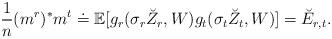
LaTeX: \begin{align*} \frac{1}{n}(m^r)^* m^t \doteq \mathbb{E}[g_r(\sigma_r \breve{Z}_r, W ) g_t( \sigma_t \breve{Z}_t, W )]= \breve{E}_{r,t}.\end{align*}